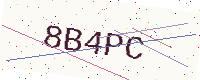
Text: 8B4PC